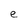
Character: e